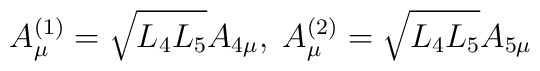
A^{(1)}_\mu = \sqrt{L_4 L_5} A_{4 \mu}, \; A^{(2)}_\mu = \sqrt{L_4 L_5} A_{5 \mu}